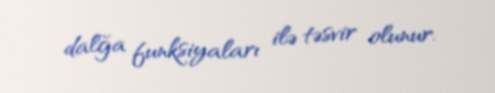
dalğa funksiyaları ilə təsvir olunur.